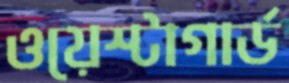
ওয়েস্টাগার্ড